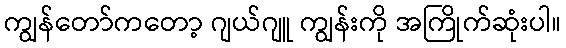
ကျွန်တော်ကတော့ ဂျယ်ဂျူ ကျွန်းကို အကြိုက်ဆုံးပါ။